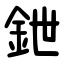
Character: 鉪